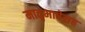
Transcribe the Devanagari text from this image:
मातृभाषेसह